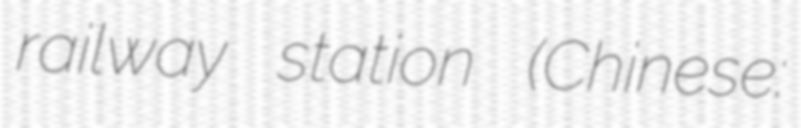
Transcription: railway station (Chinese: